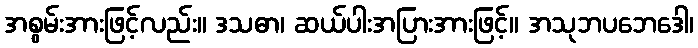
အစွမ်းအားဖြင့်လည်း။ ဒသဓာ၊ ဆယ်ပါးအပြားအားဖြင့်။ အသုဘပဘေဒေါ၊